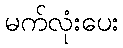
မက်လုံးပေး